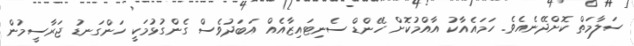
ސަލާމަތް ކޮށްދޭނެއެވެ. ހަމައެއާކު އާއްމުކޮށް ހޭންޑް ސެނިޓައިޒާއެެއް އަބަދުވެސް ގެންގުޅުމަކީ ހަންގަނޑު ޖަރާސީމުން